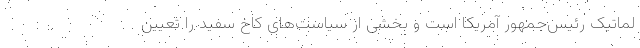
لماتیک رئیس‌جمهور آمریکا است و بخشی از سیاست‌های کاخ سفید را تعیین